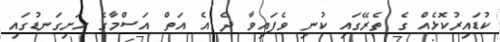
ކުޑައިރުކޮޅެއް ގެ ތެރޭގައި ކުނި ވެފައިވާ ދެ އެ އަތް އަސްމާގެ ހަށިގަނޑުގައި